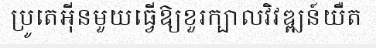
ប្រូតេអ៊ីនមួយធ្វើឱ្យខួរក្បាលវិវឌ្ឍន៍យឺត